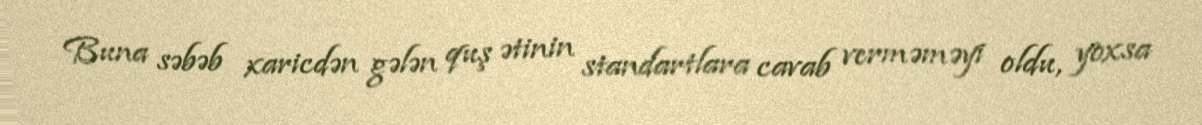
Buna səbəb xaricdən gələn quş ətinin standartlara cavab verməməyi oldu, yoxsa